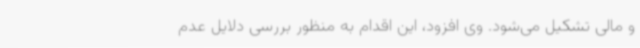
و مالی تشکیل می‌شود. وی افزود، این اقدام به منظور بررسی دلایل عدم